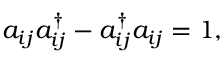
a _ { i j } a _ { i j } ^ { \dag } - a _ { i j } ^ { \dag } a _ { i j } = 1 ,